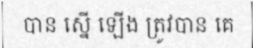
បាន ស្នើ ឡើង ត្រូវបាន គេ